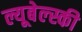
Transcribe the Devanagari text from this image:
ल्यूबेल्स्की